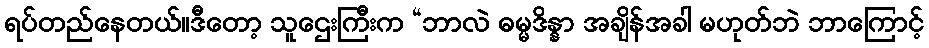
ရပ်တည်နေတယ်။ဒီတော့ သူဌေးကြီးက “ဘာလဲ ဓမ္မဒိန္နာ အချိန်အခါ မဟုတ်ဘဲ ဘာကြောင့်